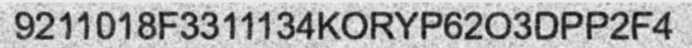
9211018F3311134KORYP62O3DPP2F4